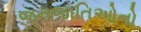
જનજાતિઓનો